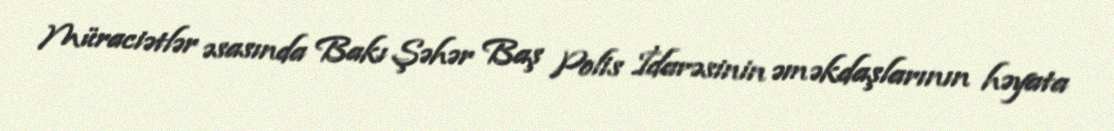
Müraciətlər əsasında Bakı Şəhər Baş Polis İdarəsinin əməkdaşlarının həyata